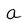
Character: a